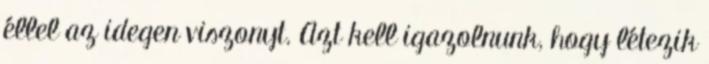
éllel az idegen viszonyt. Azt kell igazolnunk, hogy létezik